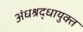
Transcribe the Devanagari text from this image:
अंधश्रद्धायुक्त